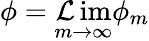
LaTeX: \phi=\operatorname*{\mathcal{L}im}_{m\to\infty}\phi_{m}